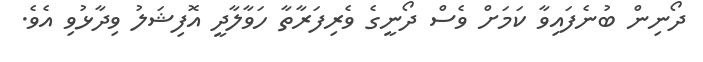
ދޯނިން ބުނެފައިވާ ކަމަށް ވެސް ދޯނީގެ ވެރިފަރާތާ ހަވާލާދީ އޮފިޝަލު ވިދާޅުވި އެވެ.